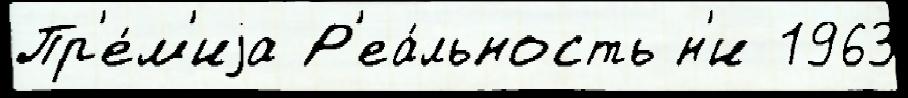
Пр'е́м'иjа Р'еа́льность н'и 1963